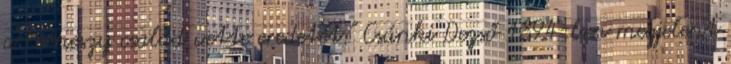
a Perneszy család vette eredetét." Csánki Dezső 1894-ben megjelent